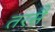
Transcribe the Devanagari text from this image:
तरसै